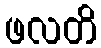
ဖလတိ